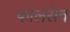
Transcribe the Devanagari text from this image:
फालसेव